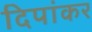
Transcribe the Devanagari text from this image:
दिपांकर